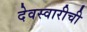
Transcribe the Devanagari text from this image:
देवस्वारीची